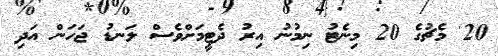
20' މެޗުގެ 20 މިނެޓު ނިމުނު އިރު ދެޓީމަށްވެސް ލަނޑު ޖަހަން އަދި